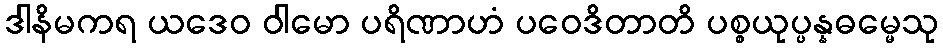
ဒါနိမကရ ယဒေဝ ဝါမော ပရိဏာဟံ ပဝေဒိတာတိ ပစ္စယုပ္ပန္နဓမ္မေသု